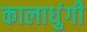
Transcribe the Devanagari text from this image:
कालाधुंगी